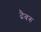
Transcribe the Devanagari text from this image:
ढैबरु